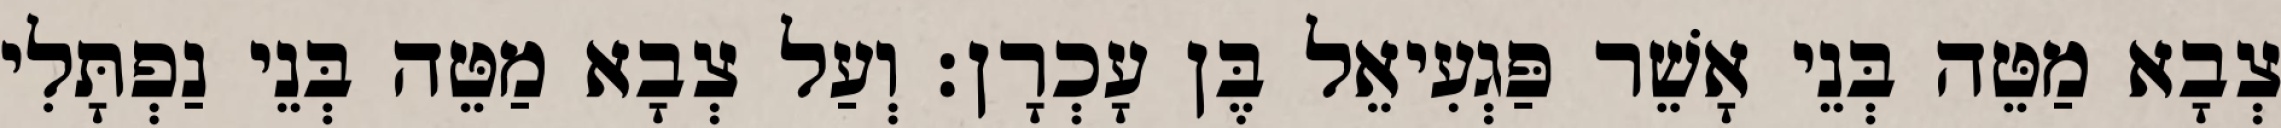
צְבָא מַטֵּה בְּנֵי אָשֵׁר פַּגְעִיאֵל בֶּן עָכְרָן׃ וְעַל צְבָא מַטֵּה בְּנֵי נַפְתָּלִי